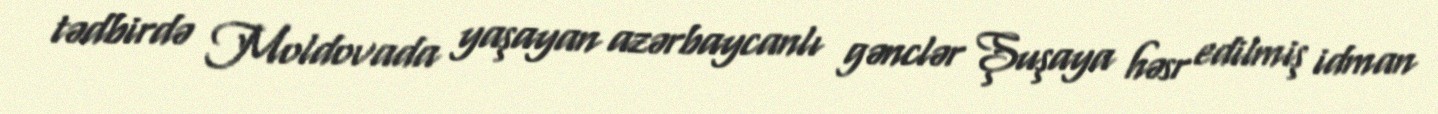
tədbirdə Moldovada yaşayan azərbaycanlı gənclər Şuşaya həsr edilmiş idman